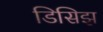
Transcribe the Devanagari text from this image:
डिसिझ